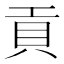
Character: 貢